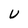
Character: U